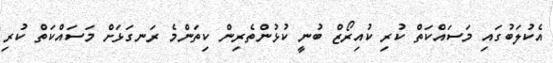
އެކުލަބުގައި މަސައްކަތް ކުރި ކުއިރޯޒް ބުނީ ކުޅުންތެރިން ކިތަންމެ ރަނގަޅަށް މަސައްކަތް ކުރި